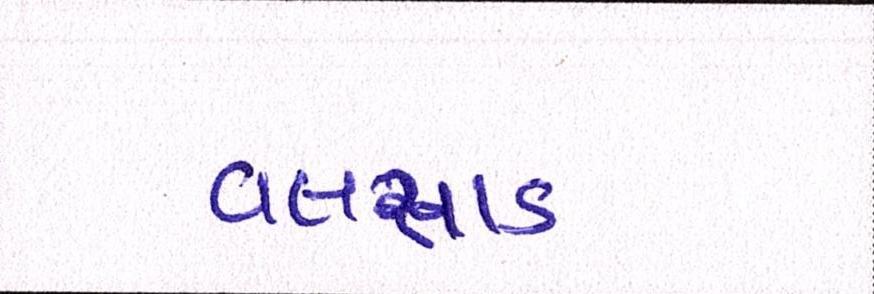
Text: વલસાડ